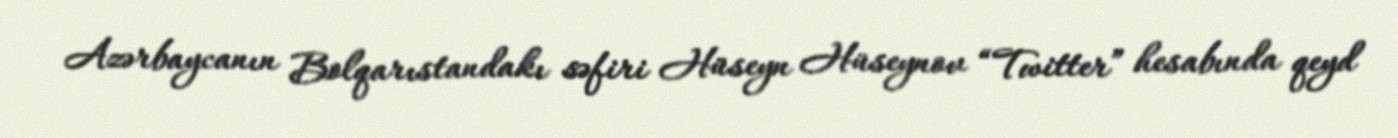
Azərbaycanın Bolqarıstandakı səfiri Hüseyn Hüseynov “Twitter” hesabında qeyd